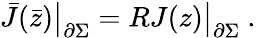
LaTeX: \bar{J}(\bar{z})\bigr|_{\partial\Sigma}=RJ(z)\bigr|_{\partial\Sigma}~.